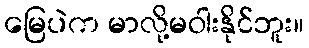
မြေပဲက မာလို့မဝါးနိုင်ဘူး။